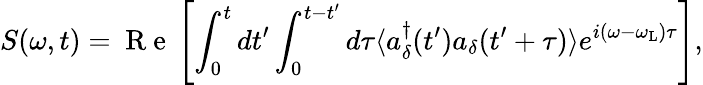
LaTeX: S(\omega,t)=\mathrm{~R~e~}\left[\int_{0}^{t}dt^{\prime}\int_{0}^{t-t^{\prime}}d\tau\langle a_{\delta}^{\dagger}(t^{\prime})a_{\delta}(t^{\prime}+\tau)\rangle e^{i(\omega-\omega_{\mathrm{L}})\tau}\right],